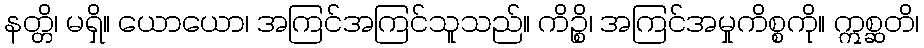
နတ္တိ၊ မရှိ။ ယောယော၊ အကြင်အကြင်သူသည်။ ကိဉ္စိ၊ အကြင်အမှုကိစ္စကို။ ဣစ္ဆတိ၊